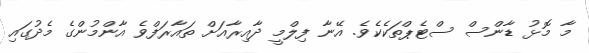
މާ މޮޅު ޑާންސް ސްޓެޕްތަކެކެވެ. އޭނާ ފިލްމީ ދާއިރާއަށް ތައާރަފްވެ އާންމުންގެ މެދުގައި